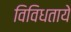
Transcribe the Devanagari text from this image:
विविधताये